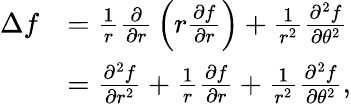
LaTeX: {\begin{array}{rl}{\Delta f}&{={\frac{1}{r}}{\frac{\partial}{\partial r}}\left(r{\frac{\partial f}{\partial r}}\right)+{\frac{1}{r^{2}}}{\frac{\partial^{2}f}{\partial\theta^{2}}}}\\ &{={\frac{\partial^{2}f}{\partial r^{2}}}+{\frac{1}{r}}{\frac{\partial f}{\partial r}}+{\frac{1}{r^{2}}}{\frac{\partial^{2}f}{\partial\theta^{2}}},}\end{array}}